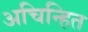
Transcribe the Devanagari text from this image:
अचिन्हित